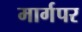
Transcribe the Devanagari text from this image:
मार्गपर